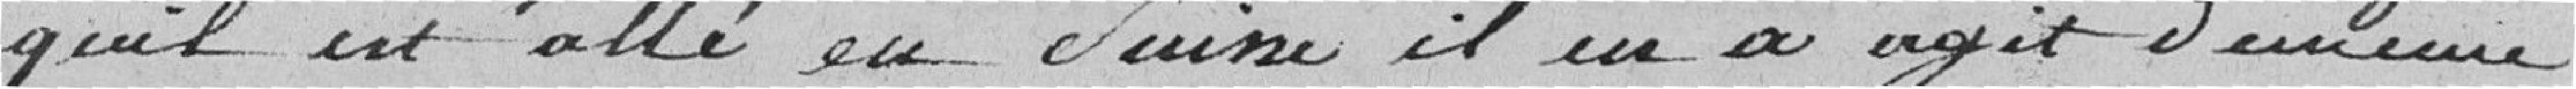
qu'il est allé en Suisse, il en a agit de même,